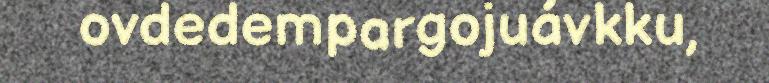
ovdedempargojuávkku,